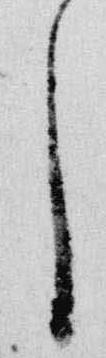
了